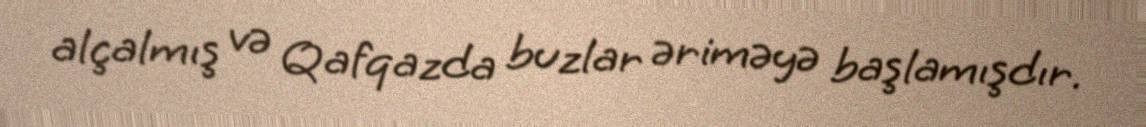
alçalmış və Qafqazda buzlar əriməyə başlamışdır.